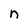
Character: n